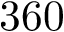
3 6 0